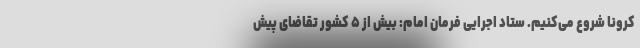
کرونا شروع می‌کنیم. ستاد اجرایی فرمان امام: بیش از ۵ کشور تقاضای پیش